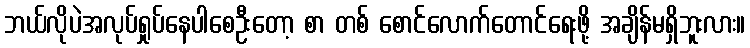
ဘယ်လိုပဲအလုပ်ရှုပ်နေပါစေဦးတော့ စာ တစ် စောင်လောက်တောင်ရေးဖို့ အချိန်မရှိဘူးလား။